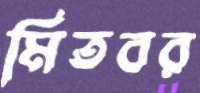
মিতবর